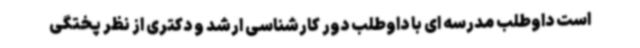
است داوطلب مدرسه ای با داوطلب دور کارشناسی ارشد و دکتری از نظر پختگی